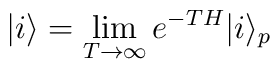
|i\rangle = \lim_{T \rightarrow \infty} e^{-TH} |i\rangle_p